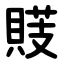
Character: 䝸